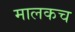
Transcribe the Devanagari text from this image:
मालकच